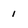
Character: 1